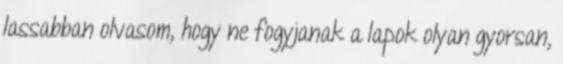
lassabban olvasom, hogy ne fogyjanak a lapok olyan gyorsan,